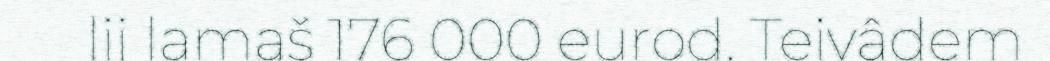
lii lamaš 176 000 eurod. Teivâdem